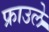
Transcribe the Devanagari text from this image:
फ्राउले